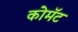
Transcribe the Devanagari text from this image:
कोमॅट